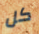
كل